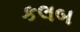
કલબ